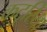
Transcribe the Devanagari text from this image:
कटुरिया